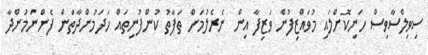
ސިވިލްސާވިސް ހަނިކޮށްލައި މުވައްޒިފުން ވަޒިފާ އިން ނެރެލުމަށް ތަފާތު ކުންފުނިތައް ހަދަމުންދާތަން ފެންނަމުންދާ